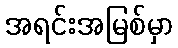
အရင်းအမြစ်မှာ